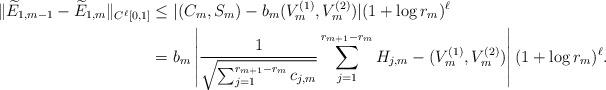
LaTeX: \begin{align*}\|\widetilde{E}_{1,m-1}-\widetilde{E}_{1,m}\|_{C^{\ell}[0,1]}&\leq |(C_m,S_m)-b_m(V_m^{(1)},V_m^{(2)})|(1+\log r_m)^\ell\\ &=b_m\left|\frac{1}{\sqrt{\sum_{j=1}^{r_{m+1}-r_m}c_{j,m}}}\sum_{j=1}^{r_{m+1}-r_m}H_{j,m}-(V_m^{(1)},V_m^{(2)})\right|(1+\log r_m)^\ell.\end{align*}